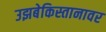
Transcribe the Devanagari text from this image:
उझबेकिस्तानावर